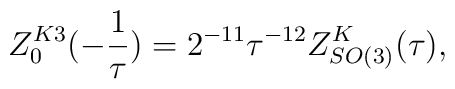
Z^{K3}_0(-\frac{1}{\tau})=2^{-11}\tau^{-12}Z^K_{SO(3)}(\tau),